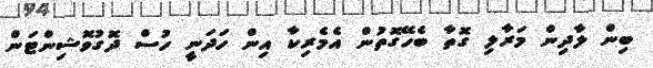
ބިން ލާދިން މަރާލި ގޮތާ ބެހޭގޮތުން އެމެރިކާ އިން ހަދަނީ ހުސް ދޮގުވޮޝިންޓަން